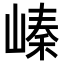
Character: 𡻈